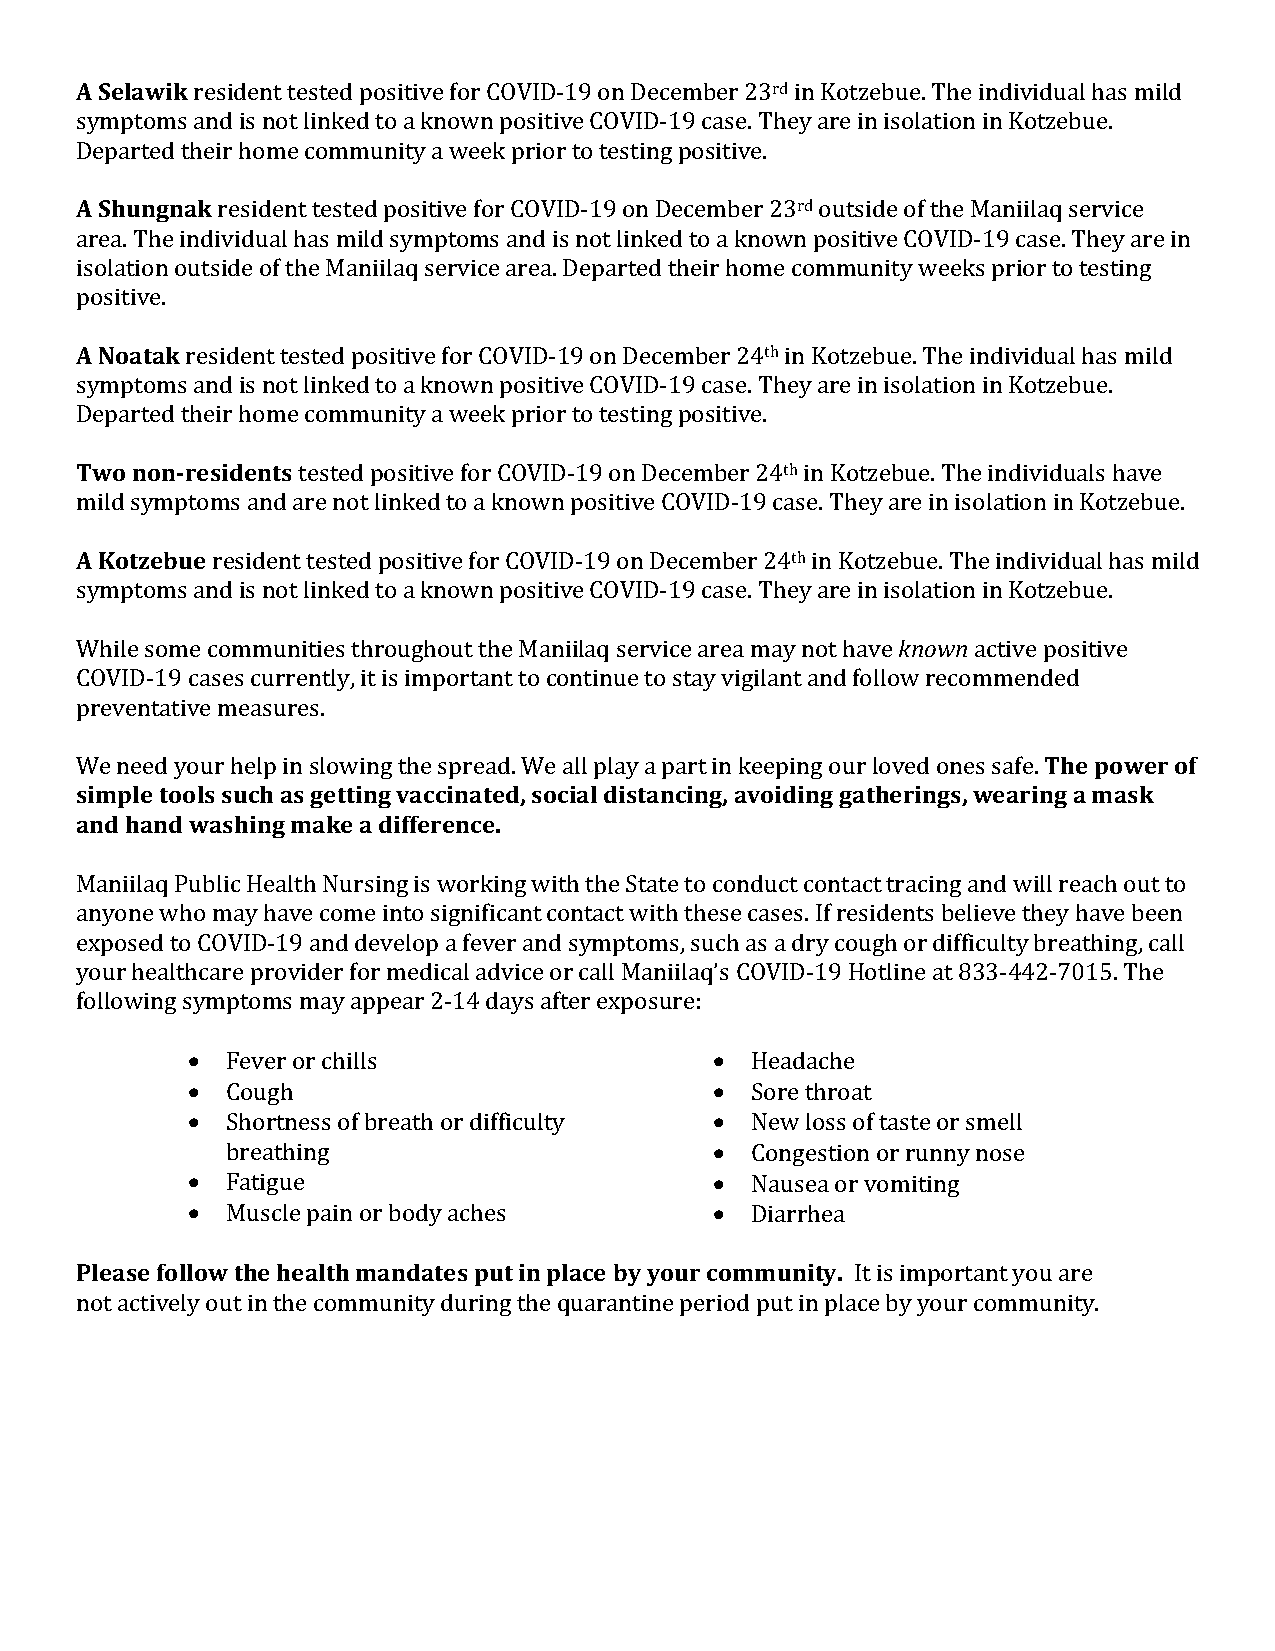
A Selawik resident tested positive for COVID-19 on December 23rd in Kotzebue. The individual has mild
 symptoms and is not linked to a known positive COVID-19 case. They are in isolation in Kotzebue.
 Departed their home community a week prior to testing positive.
 A Shungnak resident tested positive for COVID-19 on December 23rd outside of the Maniilaq service
 area. The individual has mild symptoms and is not linked to a known positive COVID-19 case. They are in
 isolation outside of the Maniilaq service area. Departed their home community weeks prior to testing
 positive.
 A Noatak resident tested positive for COVID-19 on December 24th in Kotzebue. The individual has mild
 symptoms and is not linked to a known positive COVID-19 case. They are in isolation in Kotzebue.
 Departed their home community a week prior to testing positive.
 Two non-residents tested positive for COVID-19 on December 24th in Kotzebue. The individuals have
 mild symptoms and are not linked to a known positive COVID-19 case. They are in isolation in Kotzebue.
 A Kotzebue resident tested positive for COVID-19 on December 24th in Kotzebue. The individual has mild
 symptoms and is not linked to a known positive COVID-19 case. They are in isolation in Kotzebue.
 While some communities throughout the Maniilaq service area may not have known active positive
 COVID-19 cases currently, it is important to continue to stay vigilant and follow recommended
 preventative measures.
 We need your help in slowing the spread. We all play a part in keeping our loved ones safe. The power of
 simple tools such as getting vaccinated, social distancing, avoiding gatherings, wearing a mask
 and hand washing make a difference.
 Maniilaq Public Health Nursing is working with the State to conduct contact tracing and will reach out to
 anyone who may have come into significant contact with these cases. If residents believe they have been
 exposed to COVID-19 and develop a fever and symptoms, such as a dry cough or difficulty breathing, call
 your healthcare provider for medical advice or call Maniilaq’s COVID-19 Hotline at 833-442-7015. The
 following symptoms may appear 2-14 days after exposure:
 •  Fever or chills                 •  Headache
 •  Cough                           •  Sore throat
 •  Shortness of breath or difficulty • New loss of taste or smell
 breathing                       •  Congestion or runny nose
 •  Fatigue                         •  Nausea or vomiting
 •  Muscle pain or body aches       •  Diarrhea
 Please follow the health mandates put in place by your community. It is important you are
 not actively out in the community during the quarantine period put in place by your community.